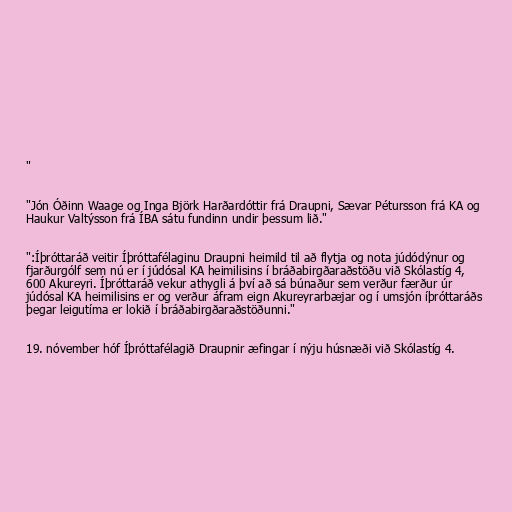
"

"Jón Óðinn Waage og Inga Björk Harðardóttir frá Draupni, Sævar Pétursson frá KA og
Haukur Valtýsson frá ÍBA sátu fundinn undir þessum lið."

":Íþróttaráð veitir Íþróttafélaginu Draupni heimild til að flytja og nota júdódýnur og
fjarðurgólf sem nú er í júdósal KA heimilisins í bráðabirgðaraðstöðu við Skólastíg 4,
600 Akureyri. Íþróttaráð vekur athygli á því að sá búnaður sem verður færður úr
júdósal KA heimilisins er og verður áfram eign Akureyrarbæjar og í umsjón íþróttaráðs
þegar leigutíma er lokið í bráðabirgðaraðstöðunni."

19. nóvember hóf Íþróttafélagið Draupnir æfingar í nýju húsnæði við Skólastíg 4.